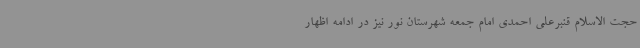
حجت الاسلام قنبرعلی احمدی امام جمعه شهرستان نور نیز در ادامه اظهار